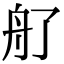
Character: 䑠